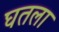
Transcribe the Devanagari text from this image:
घतला